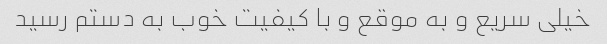
خیلی سریع و به موقع و با کیفیت خوب به دستم رسید